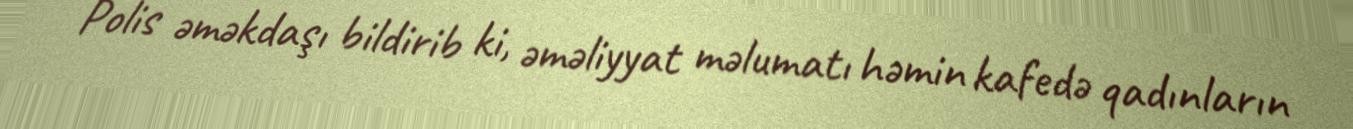
Polis əməkdaşı bildirib ki, əməliyyat məlumatı həmin kafedə qadınların